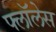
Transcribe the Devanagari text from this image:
फ्लॉलेस